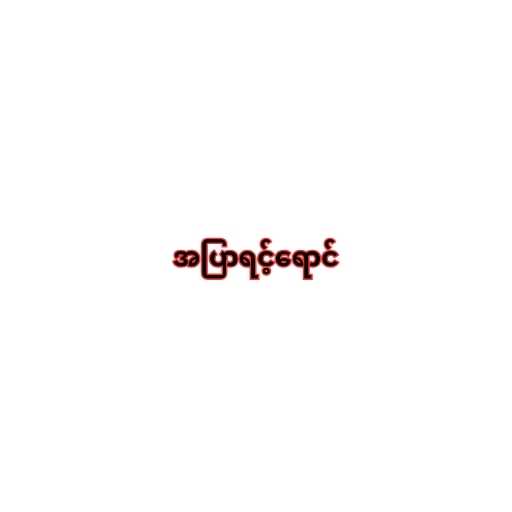
အပြာရင့်ရောင်